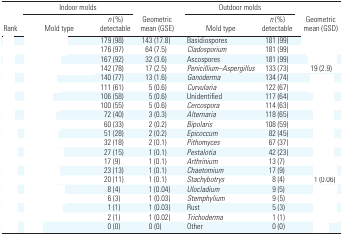
<table><thead><tr><td rowspan="2"><b>Rank</b></td><td colspan="2"><b>Indoor molds</b></td><td rowspan="2"><b>Geometric mean (GSE)</b></td><td colspan="2"><b>Outdoor molds</b></td><td rowspan="2"><b>Geometric mean (GSD)</b></td></tr><tr><td><b>Mold type</b></td><td><b><i>n</i> (%) detectable</b></td><td><b>Mold type</b></td><td><b><i>n</i> (%) detectable</b></td></tr></thead><tbody><tr><td>[EMPTY_CELL]</td><td>[EMPTY_CELL]</td><td>179 (98)</td><td>143 (17.8)</td><td>Basidiospores</td><td>181 (99)</td><td>[EMPTY_CELL]</td></tr><tr><td>[EMPTY_CELL]</td><td>[EMPTY_CELL]</td><td>176 (97)</td><td>64 (7.5)</td><td>Cladosporium</td><td>181 (99)</td><td>[EMPTY_CELL]</td></tr><tr><td>[EMPTY_CELL]</td><td>[EMPTY_CELL]</td><td>167 (92)</td><td>32 (3.6)</td><td>Ascospores</td><td>181 (99)</td><td>[EMPTY_CELL]</td></tr><tr><td>[EMPTY_CELL]</td><td>[EMPTY_CELL]</td><td>142 (78)</td><td>17 (2.5)</td><td>Penicillium–Aspergillus</td><td>133 (73)</td><td>19 (2.9)</td></tr><tr><td>[EMPTY_CELL]</td><td>[EMPTY_CELL]</td><td>140 (77)</td><td>13 (1.6)</td><td>Ganoderma</td><td>134 (74)</td><td>[EMPTY_CELL]</td></tr><tr><td>[EMPTY_CELL]</td><td>[EMPTY_CELL]</td><td>111 (61)</td><td>5 (0.6)</td><td>Curvularia</td><td>122 (67)</td><td>[EMPTY_CELL]</td></tr><tr><td>[EMPTY_CELL]</td><td>[EMPTY_CELL]</td><td>106 (58)</td><td>5 (0.6)</td><td>Unidentified</td><td>117 (64)</td><td>[EMPTY_CELL]</td></tr><tr><td>[EMPTY_CELL]</td><td>[EMPTY_CELL]</td><td>100 (55)</td><td>5 (0.6)</td><td>Cercospora</td><td>114 (63)</td><td>[EMPTY_CELL]</td></tr><tr><td>[EMPTY_CELL]</td><td>[EMPTY_CELL]</td><td>72 (40)</td><td>3 (0.3)</td><td>Alternaria</td><td>118 (65)</td><td>[EMPTY_CELL]</td></tr><tr><td>[EMPTY_CELL]</td><td>[EMPTY_CELL]</td><td>60 (33)</td><td>2 (0.2)</td><td>Bipolaris</td><td>108 (59)</td><td>[EMPTY_CELL]</td></tr><tr><td>[EMPTY_CELL]</td><td>[EMPTY_CELL]</td><td>51 (28)</td><td>2 (0.2)</td><td>Epicoccum</td><td>82 (45)</td><td>[EMPTY_CELL]</td></tr><tr><td>[EMPTY_CELL]</td><td>[EMPTY_CELL]</td><td>32 (18)</td><td>2 (0.1)</td><td>Pithomyces</td><td>67 (37)</td><td>[EMPTY_CELL]</td></tr><tr><td>[EMPTY_CELL]</td><td>[EMPTY_CELL]</td><td>27 (15)</td><td>1 (0.1)</td><td>Pestalotia</td><td>42 (23)</td><td>[EMPTY_CELL]</td></tr><tr><td>[EMPTY_CELL]</td><td>[EMPTY_CELL]</td><td>17 (9)</td><td>1 (0.1)</td><td>Arthrinium</td><td>13 (7)</td><td>[EMPTY_CELL]</td></tr><tr><td>[EMPTY_CELL]</td><td>[EMPTY_CELL]</td><td>23 (13)</td><td>1 (0.1)</td><td>Chaetomium</td><td>17 (9)</td><td>[EMPTY_CELL]</td></tr><tr><td>[EMPTY_CELL]</td><td>[EMPTY_CELL]</td><td>20 (11)</td><td>1 (0.1)</td><td>Stachybotrys</td><td>8 (4)</td><td>1 (0.06)</td></tr><tr><td>[EMPTY_CELL]</td><td>[EMPTY_CELL]</td><td>8 (4)</td><td>1 (0.04)</td><td>Ulocladium</td><td>9 (5)</td><td>[EMPTY_CELL]</td></tr><tr><td>[EMPTY_CELL]</td><td>[EMPTY_CELL]</td><td>6 (3)</td><td>1 (0.03)</td><td>Stemphylium</td><td>9 (5)</td><td>[EMPTY_CELL]</td></tr><tr><td>[EMPTY_CELL]</td><td>[EMPTY_CELL]</td><td>1 (1)</td><td>1 (0.03)</td><td>Rust</td><td>5 (3)</td><td>[EMPTY_CELL]</td></tr><tr><td>[EMPTY_CELL]</td><td>[EMPTY_CELL]</td><td>2 (1)</td><td>1 (0.02)</td><td>Trichoderma</td><td>1 (1)</td><td>[EMPTY_CELL]</td></tr><tr><td>[EMPTY_CELL]</td><td>[EMPTY_CELL]</td><td>0 (0)</td><td>0 (0)</td><td>Other</td><td>0 (0)</td><td>[EMPTY_CELL]</td></tr></tbody></table>